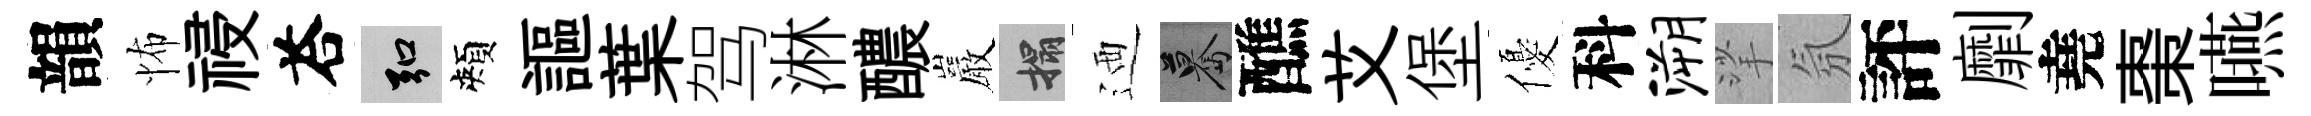
韻怖祲荅弘頰謳葉驾淋醲巖搨迺驀醮艾堡優科溯挲氛評劘堯棗嚥